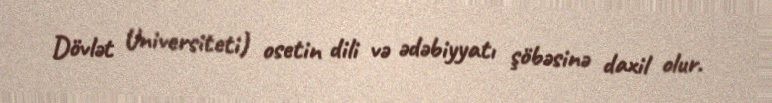
Dövlət Universiteti) osetin dili və ədəbiyyatı şöbəsinə daxil olur.